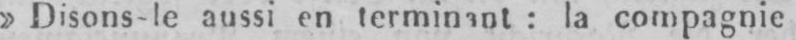
»Disons-le aussi en terminant: la compagnie